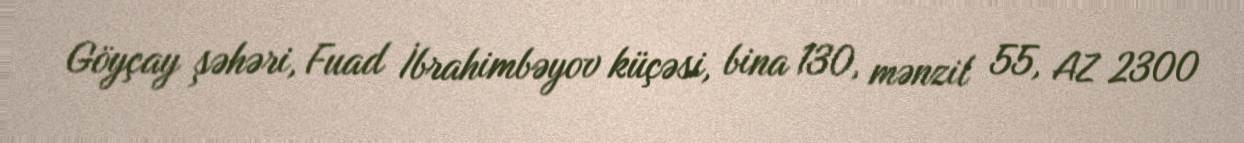
Göyçay şəhəri, Fuad İbrahimbəyov küçəsi, bina 130, mənzil 55, AZ 2300